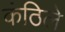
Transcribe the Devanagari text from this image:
कंठिले